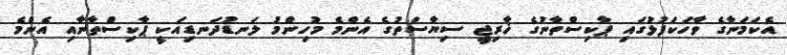
އެކަމަނާގެ ވާހަކަފުޅުގައި ޕާކިސްތާނުގެ ޚާރިޖީ ސިޔާސަތުގެ އެންމެ މުހިންމު ލަނޑުދަނޑިއަކީ ޕާކިސްތާނާއި އެންމެ